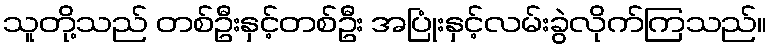
သူတို့သည် တစ်ဦးနှင့်တစ်ဦး အပြုံးနှင့်လမ်းခွဲလိုက်ကြသည်။